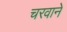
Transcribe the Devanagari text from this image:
चरवाने